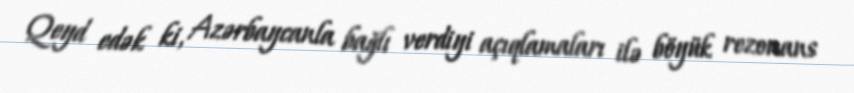
Qeyd edək ki, Azərbaycanla bağlı verdiyi açıqlamaları ilə böyük rezonans